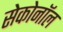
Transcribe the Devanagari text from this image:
सेकोनॉल